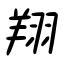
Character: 翔